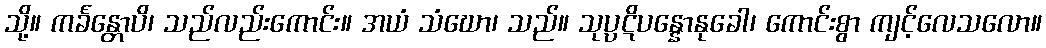
သို့။ ကင်္ခန္တောပိ၊ သည်လည်းကောင်း။ အယံ သံဃော၊ သည်။ သုပ္ပဋိပန္နောနုခေါ၊ ကောင်းစွာ ကျင့်လေသလော။